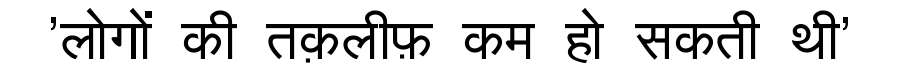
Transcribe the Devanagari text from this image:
'लोगों की तक़लीफ़ कम हो सकती थी'